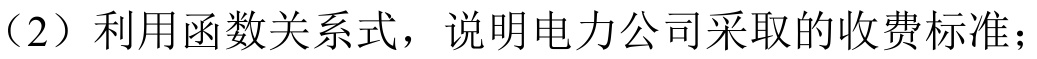
（2）利用函数关系式，说明电力公司采取的收费标准；